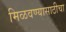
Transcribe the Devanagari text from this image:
मिळवण्यासाठीचा